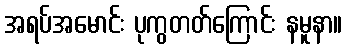
အရပ်အမောင်း ပုကွတတ်ကြောင်း နမူနာ။